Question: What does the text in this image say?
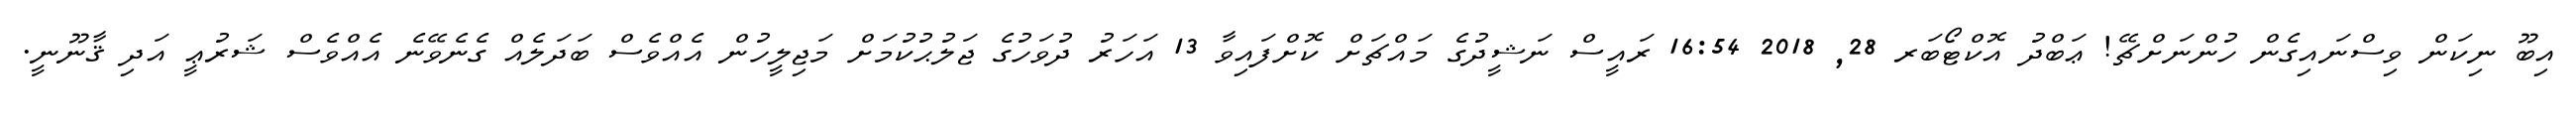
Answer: އިބޫ ނިކަން ވިސްނައިގެން ހުންނަށްޗޭ! ޢަބްދު އޮކްޓޯބަރ 28, 2018 16:54 ރައީސް ނަޝީދުގެ މައްޗަށް ކޮށްފައިވާ 13 އަހަރު ދުވަހުގެ ޖަލުޙުކުމަށް މަޖިލީހުން އެއްވެސް ބަދަލެއް ގެނެވޭނެ އެއްވެސް ޝަރުޢީ އަދި ޤާނޫނީ.